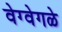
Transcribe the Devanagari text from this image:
वेग्वेगळे